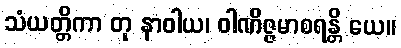
သံယတ္တိကာ တု နာဝါယ၊ ဝါဏိဇ္ဇမာစရန္တိ ယေ။